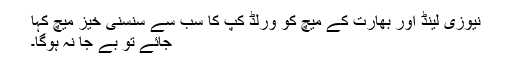
نیوزی لینڈ اور بھارت کے میچ کو ورلڈ کپ کا سب سے سنسنی خیز میچ کہا
جائے تو بے جا نہ ہوگا۔